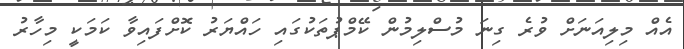
އެއް މިލިއަނަށް ވުރެ ގިނަ މުސްލިމުން ކޭމްޕުތަކުގައި ހައްޔަރު ކޮށްފައިވާ ކަމަކީ މިހާރު